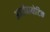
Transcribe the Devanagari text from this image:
अन्टीबायोटिक